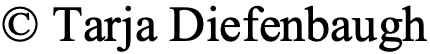
© Tarja Diefenbaugh